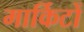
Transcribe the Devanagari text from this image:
मार्किटों